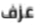
عزف